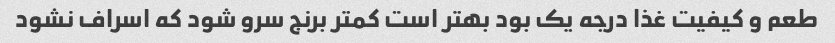
طعم و کیفیت غذا درجه یک بود بهتر است کمتر برنج سرو شود که اسراف نشود